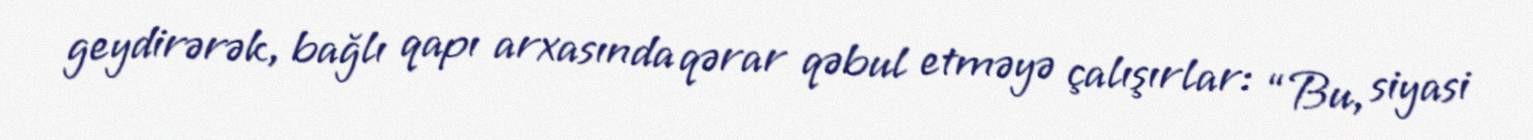
geydirərək, bağlı qapı arxasında qərar qəbul etməyə çalışırlar: “Bu, siyasi